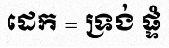
ដេក = ទ្រង់ ផ្ទំ